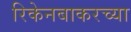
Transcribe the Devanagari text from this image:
रिकेनबाकरच्या